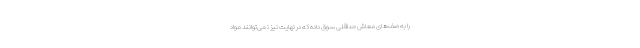
را به صف‌های معاش حداقلی سوق داده که در نهایت نیز نمی‌توانند مواد